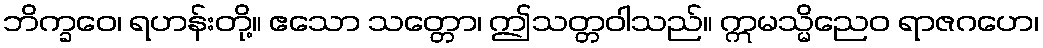
ဘိက္ခဝေ၊ ရဟန်းတို့။ ဧသော သတ္တော၊ ဤသတ္တဝါသည်။ ဣမသ္မိညေဝ ရာဇဂဟေ၊